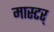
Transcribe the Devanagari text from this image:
मास्टर्